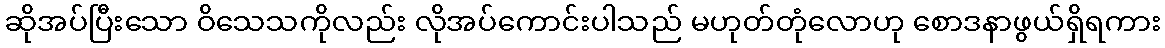
ဆိုအပ်ပြီးသော ဝိသေသကိုလည်း လိုအပ်ကောင်းပါသည် မဟုတ်တုံလောဟု စောဒနာဖွယ်ရှိရကား